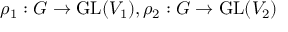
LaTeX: \rho _ { 1 } : G \to { \mathrm { G L } } ( V _ { 1 } ) , \rho _ { 2 } : G \to { \mathrm { G L } } ( V _ { 2 } )